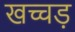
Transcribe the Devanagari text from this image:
खच्चड़